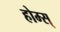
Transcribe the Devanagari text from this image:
होम्स्